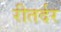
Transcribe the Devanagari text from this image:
रीतर्दर